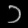
Digit: ၁